Torma_(Votikvere)_vallavalitsus, lk 104
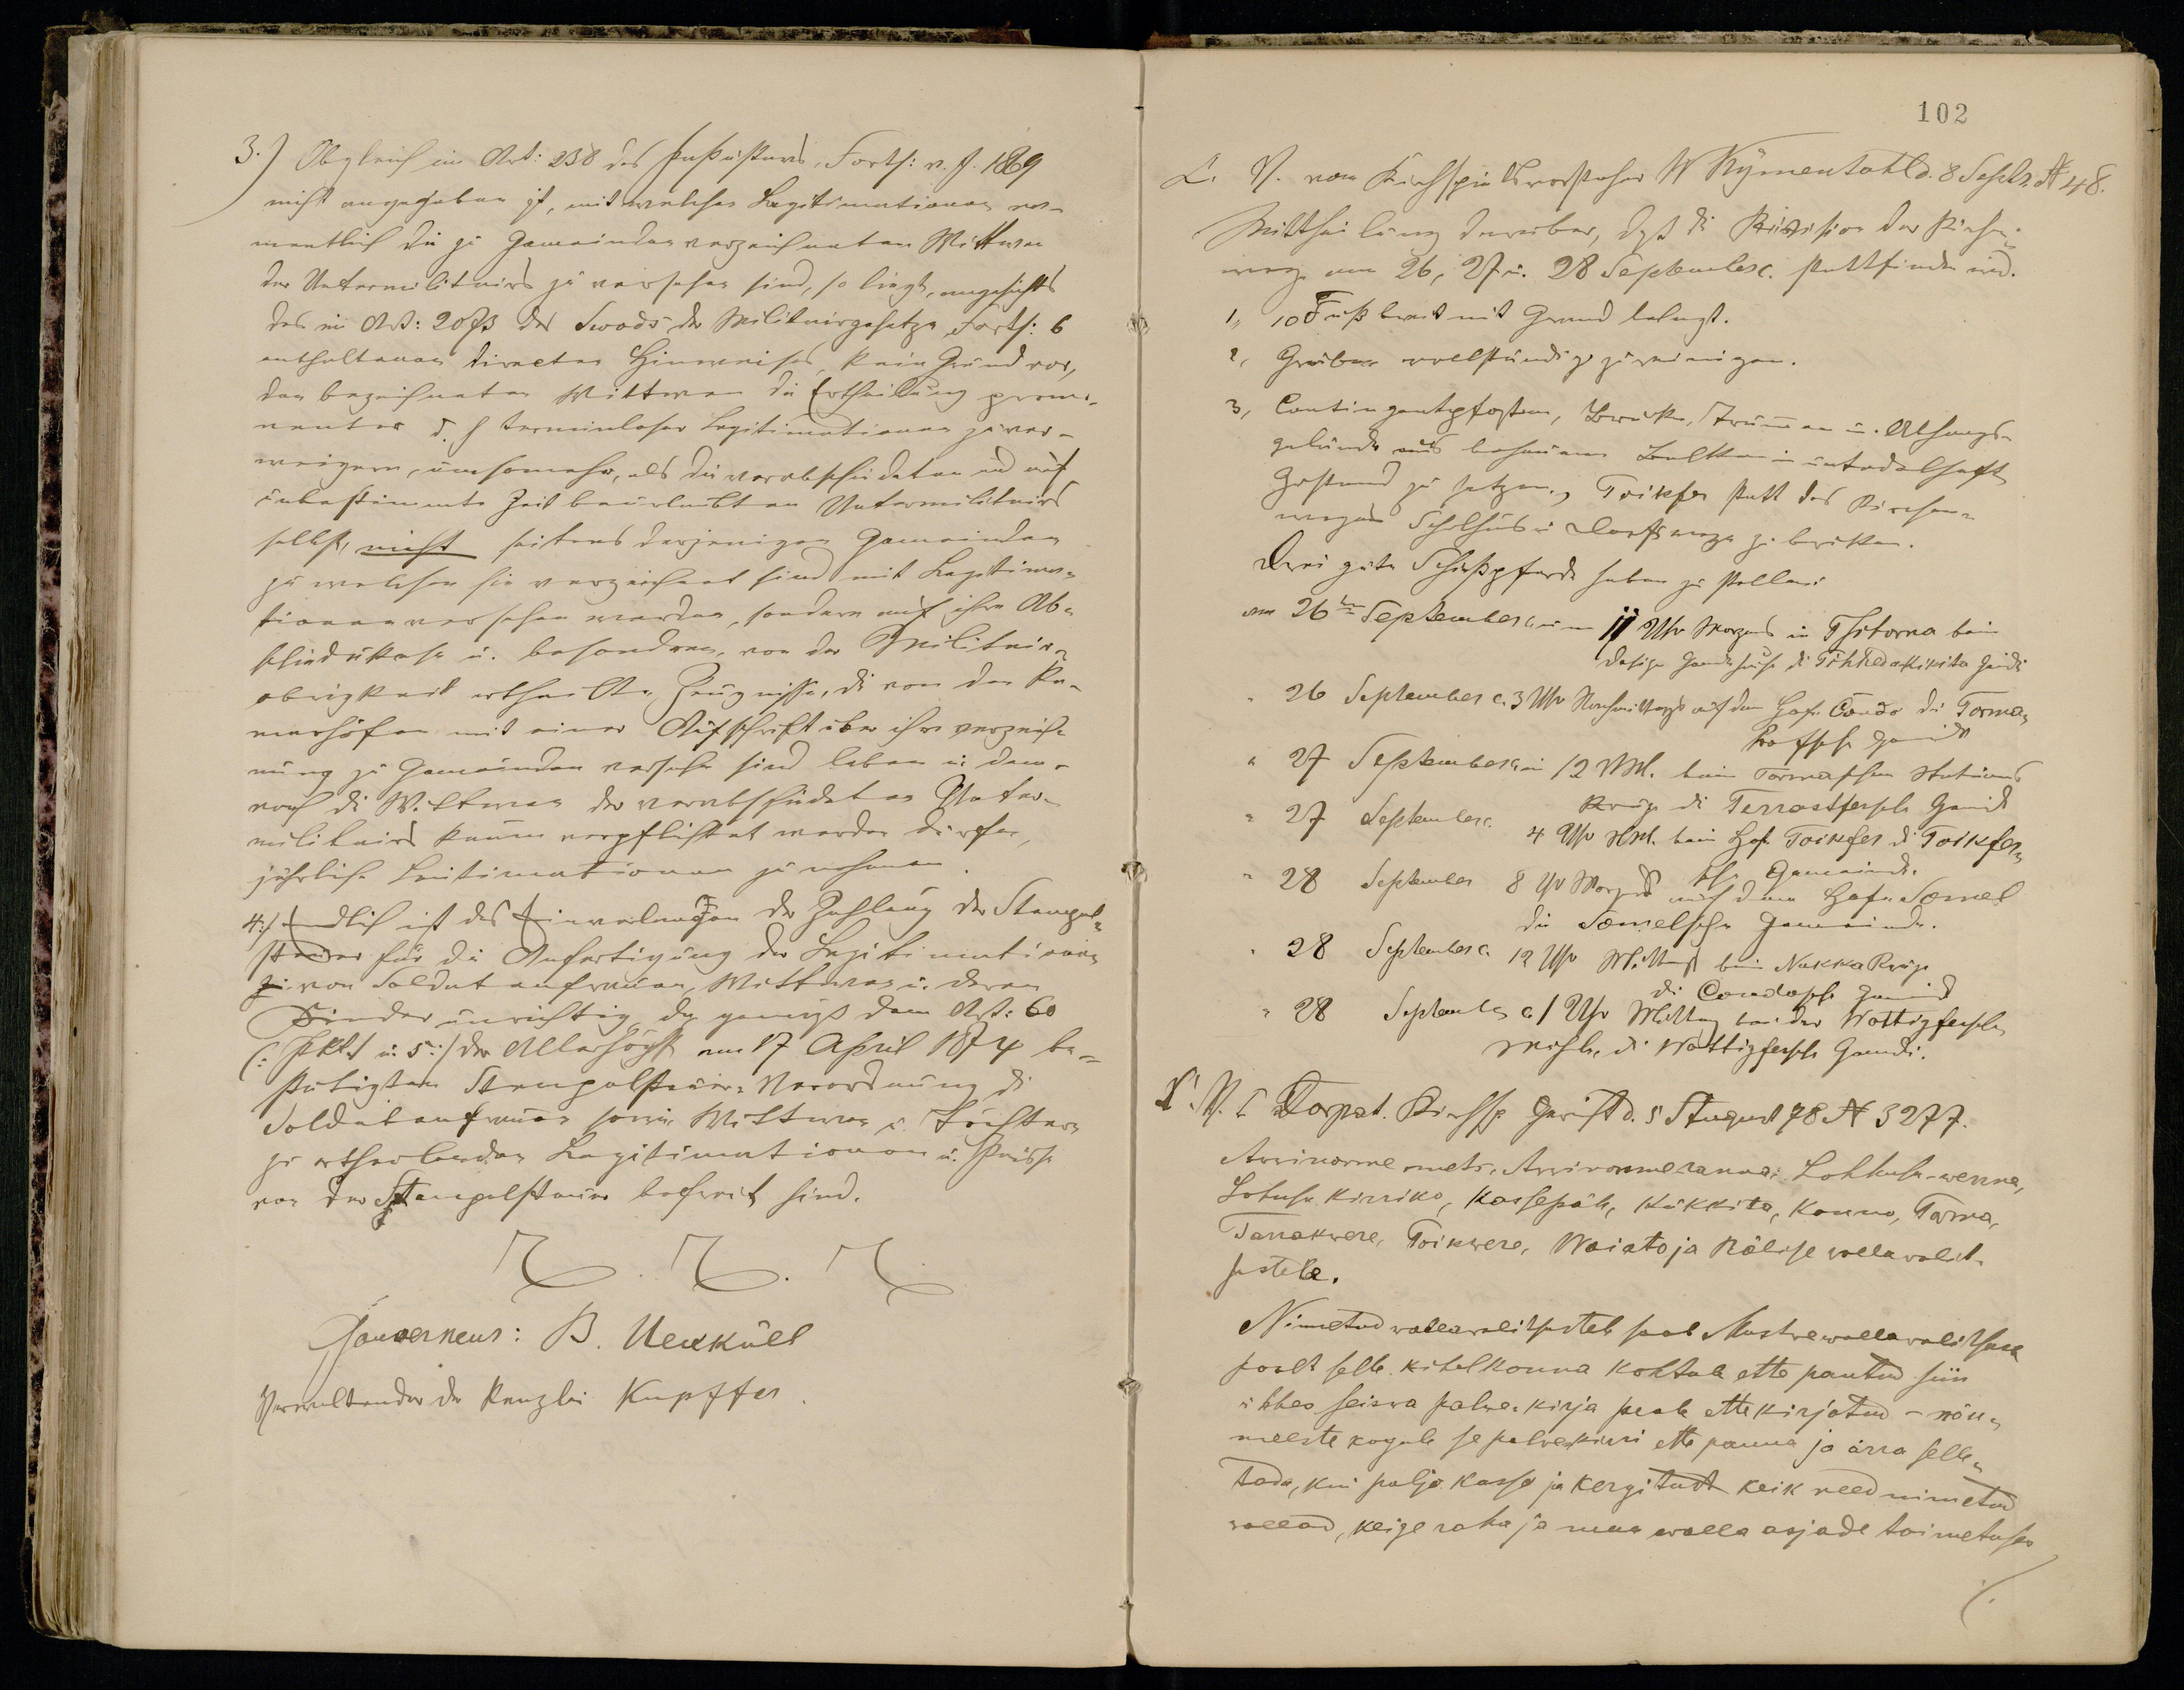
Awwinorme mets, Awwinorme ranna, Lohhusu -wanna,
Lohusu kirriko, Kassepäh, Kükkita, Konno, Torma,
Tarrakwere, Toikwere, Waiato ja Räbise wallawalit-
sustele.
Nimetud wallawalitsustele saab Mustwe wallawalitsuse
poolt selle kihelkonna kohtute ette pantud siin
ühhes seiswa palwe-kirja peab ettekirjotud - nõu-
meeste kogule se palwekirri ette panna ja ärra selle-
tada, kui paljo kasso ja kergitust keik need nimetud
wallad, keige raha ja muu walla asjade toimetuses